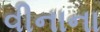
વીનાના